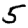
Digit: 5